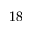
1 8